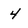
Character: 4